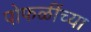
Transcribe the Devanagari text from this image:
पोफळींच्या